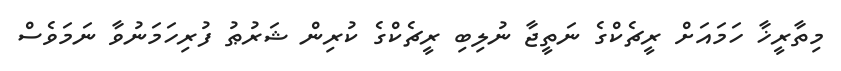
މިތާރީޚާ ހަމައަށް ރީޗެކްގެ ނަތީޖާ ނުލިބި ރީޗެކްގެ ކުރިން ޝަރުޠު ފުރިހަމަނުވާ ނަމަވެސް